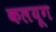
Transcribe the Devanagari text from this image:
कलयूग